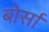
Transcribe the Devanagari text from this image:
बोर्सा